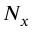
N _ { x }